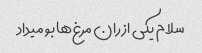
سلام یکی از ران مرغ‌ها بو میداد